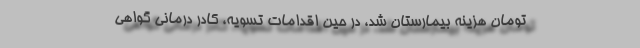
تومان هزینه بیمارستان شد، در حین اقدامات تسویه، کادر درمانی گواهی